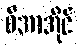
စီအာအိုင်